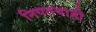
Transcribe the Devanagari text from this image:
नियतवाही